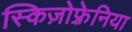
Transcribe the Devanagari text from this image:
स्किज़ोफ़्रेनिया